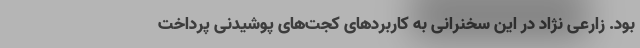
بود. زارعی نژاد در این سخنرانی به کاربردهای کجت‌های پوشیدنی پرداخت